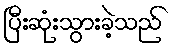
ပြီးဆုံးသွားခဲ့သည်